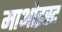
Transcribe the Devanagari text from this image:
माओइस्ट